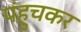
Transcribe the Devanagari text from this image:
पंहुचकर